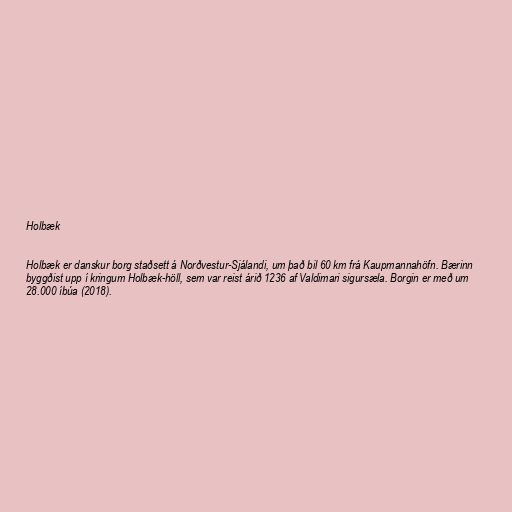
Holbæk

Holbæk er danskur borg staðsett á Norðvestur-Sjálandi, um það bil 60 km frá Kaupmannahöfn. Bærinn
byggðist upp í kringum Holbæk-höll, sem var reist árið 1236 af Valdimari sigursæla. Borgin er með um
28.000 íbúa (2018).